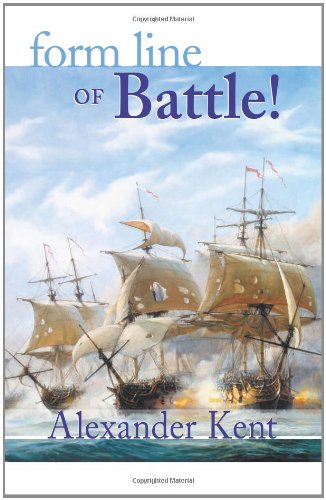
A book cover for Form Line of Battle! (The Bolitho Novels) (Volume 9); Alexander Kent; Literature & Fiction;